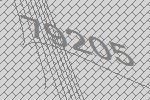
79205